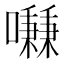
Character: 𱕢